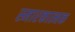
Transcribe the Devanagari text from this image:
स्मारकात्मक